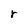
Character: r